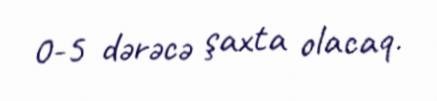
0-5 dərəcə şaxta olacaq.